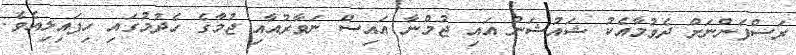
ރަސްފަންނަށް ދެވުމާއެކު ޝައުޝަން އައި ޖުމްނާ އައިސް ނަވާރުއާއި ޖުމާގެ ހެދުމުގައި ހިފައިލިއެވެ.